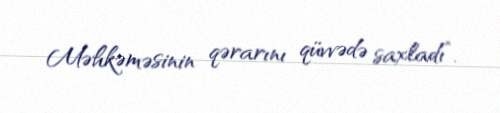
Məhkəməsinin qərarını qüvvədə saxladı”.